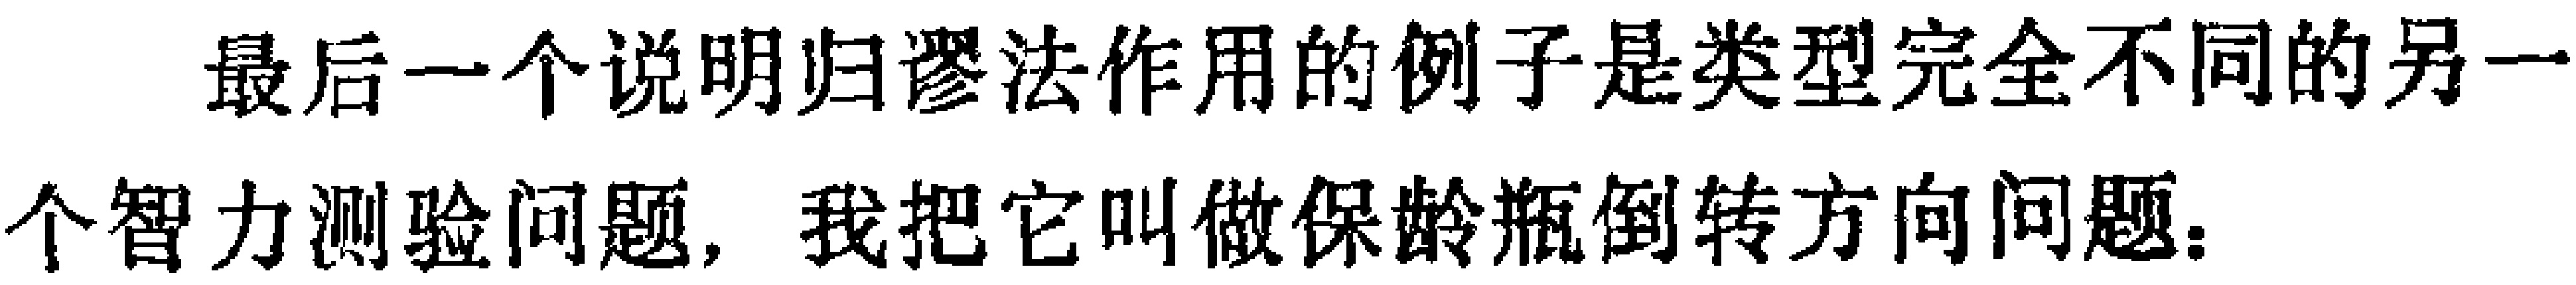
最后一个说明归谬法作用的例子是类型完全不同的另一个智力测验问题，我把它叫做保龄瓶倒转方向问题。